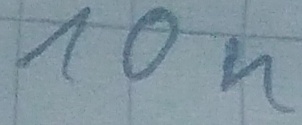
Text: 10n